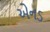
એનડ